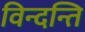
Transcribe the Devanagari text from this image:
विन्दन्ति